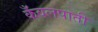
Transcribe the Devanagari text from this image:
कँवलपाती